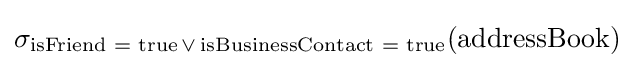
\sigma _{{\text{isFriend = true}}\,\lor \,{\text{isBusinessContact = true}}}({\text{addressBook}})